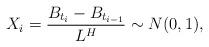
LaTeX: \begin{align*}X_{i}=\frac{B_{t_{i}}-B_{t_{i-1}}}{L^{H}}\sim N(0,1),\end{align*}